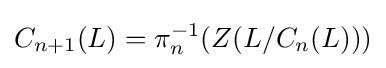
C_{n+1}(L)=\pi _{n}^{-1}(Z(L/C_{n}(L)))